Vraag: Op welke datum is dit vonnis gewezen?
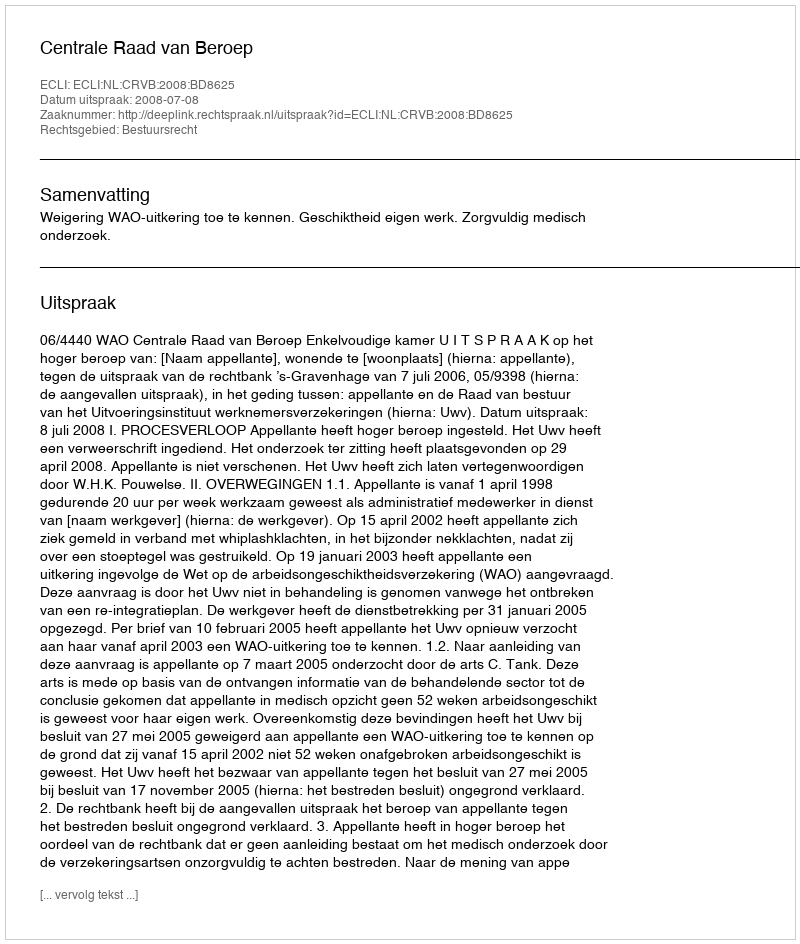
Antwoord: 2008-07-08